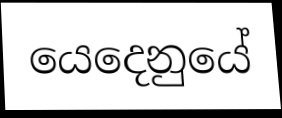
යෙදෙනුයේ